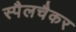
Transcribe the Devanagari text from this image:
स्पैलचैकर